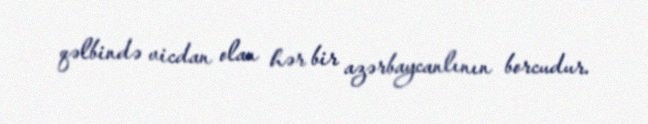
qəlbində vicdan olan hər bir azərbaycanlının borcudur.